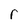
Character: r